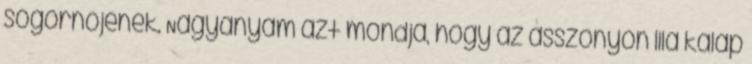
sógornőjének. Nagyanyám azt mondja, hogy az asszonyon lila kalap